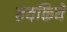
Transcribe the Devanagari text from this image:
तयकिये